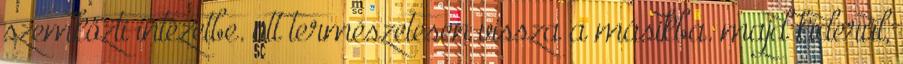
szemközti intézetbe. ott természetesen vissza a másikba. majd kiderül,